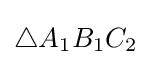
\triangle A_{1}B_{1}C_{2}